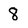
Character: 8